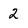
Character: 2